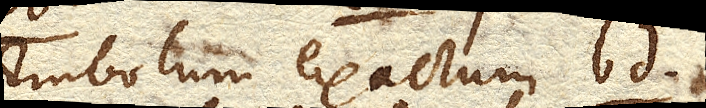
Embolum exactum bd.